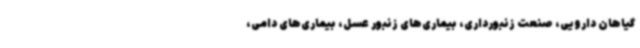
گیاهان دارویی، صنعت زنبورداری، بیماری‌های زنبور عسل، بیماری‌های دامی،